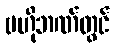
ဗဟိုဘဏ်တွင်